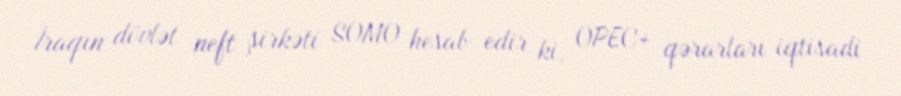
İraqın dövlət neft şirkəti SOMO hesab edir ki, OPEC+ qərarları iqtisadi